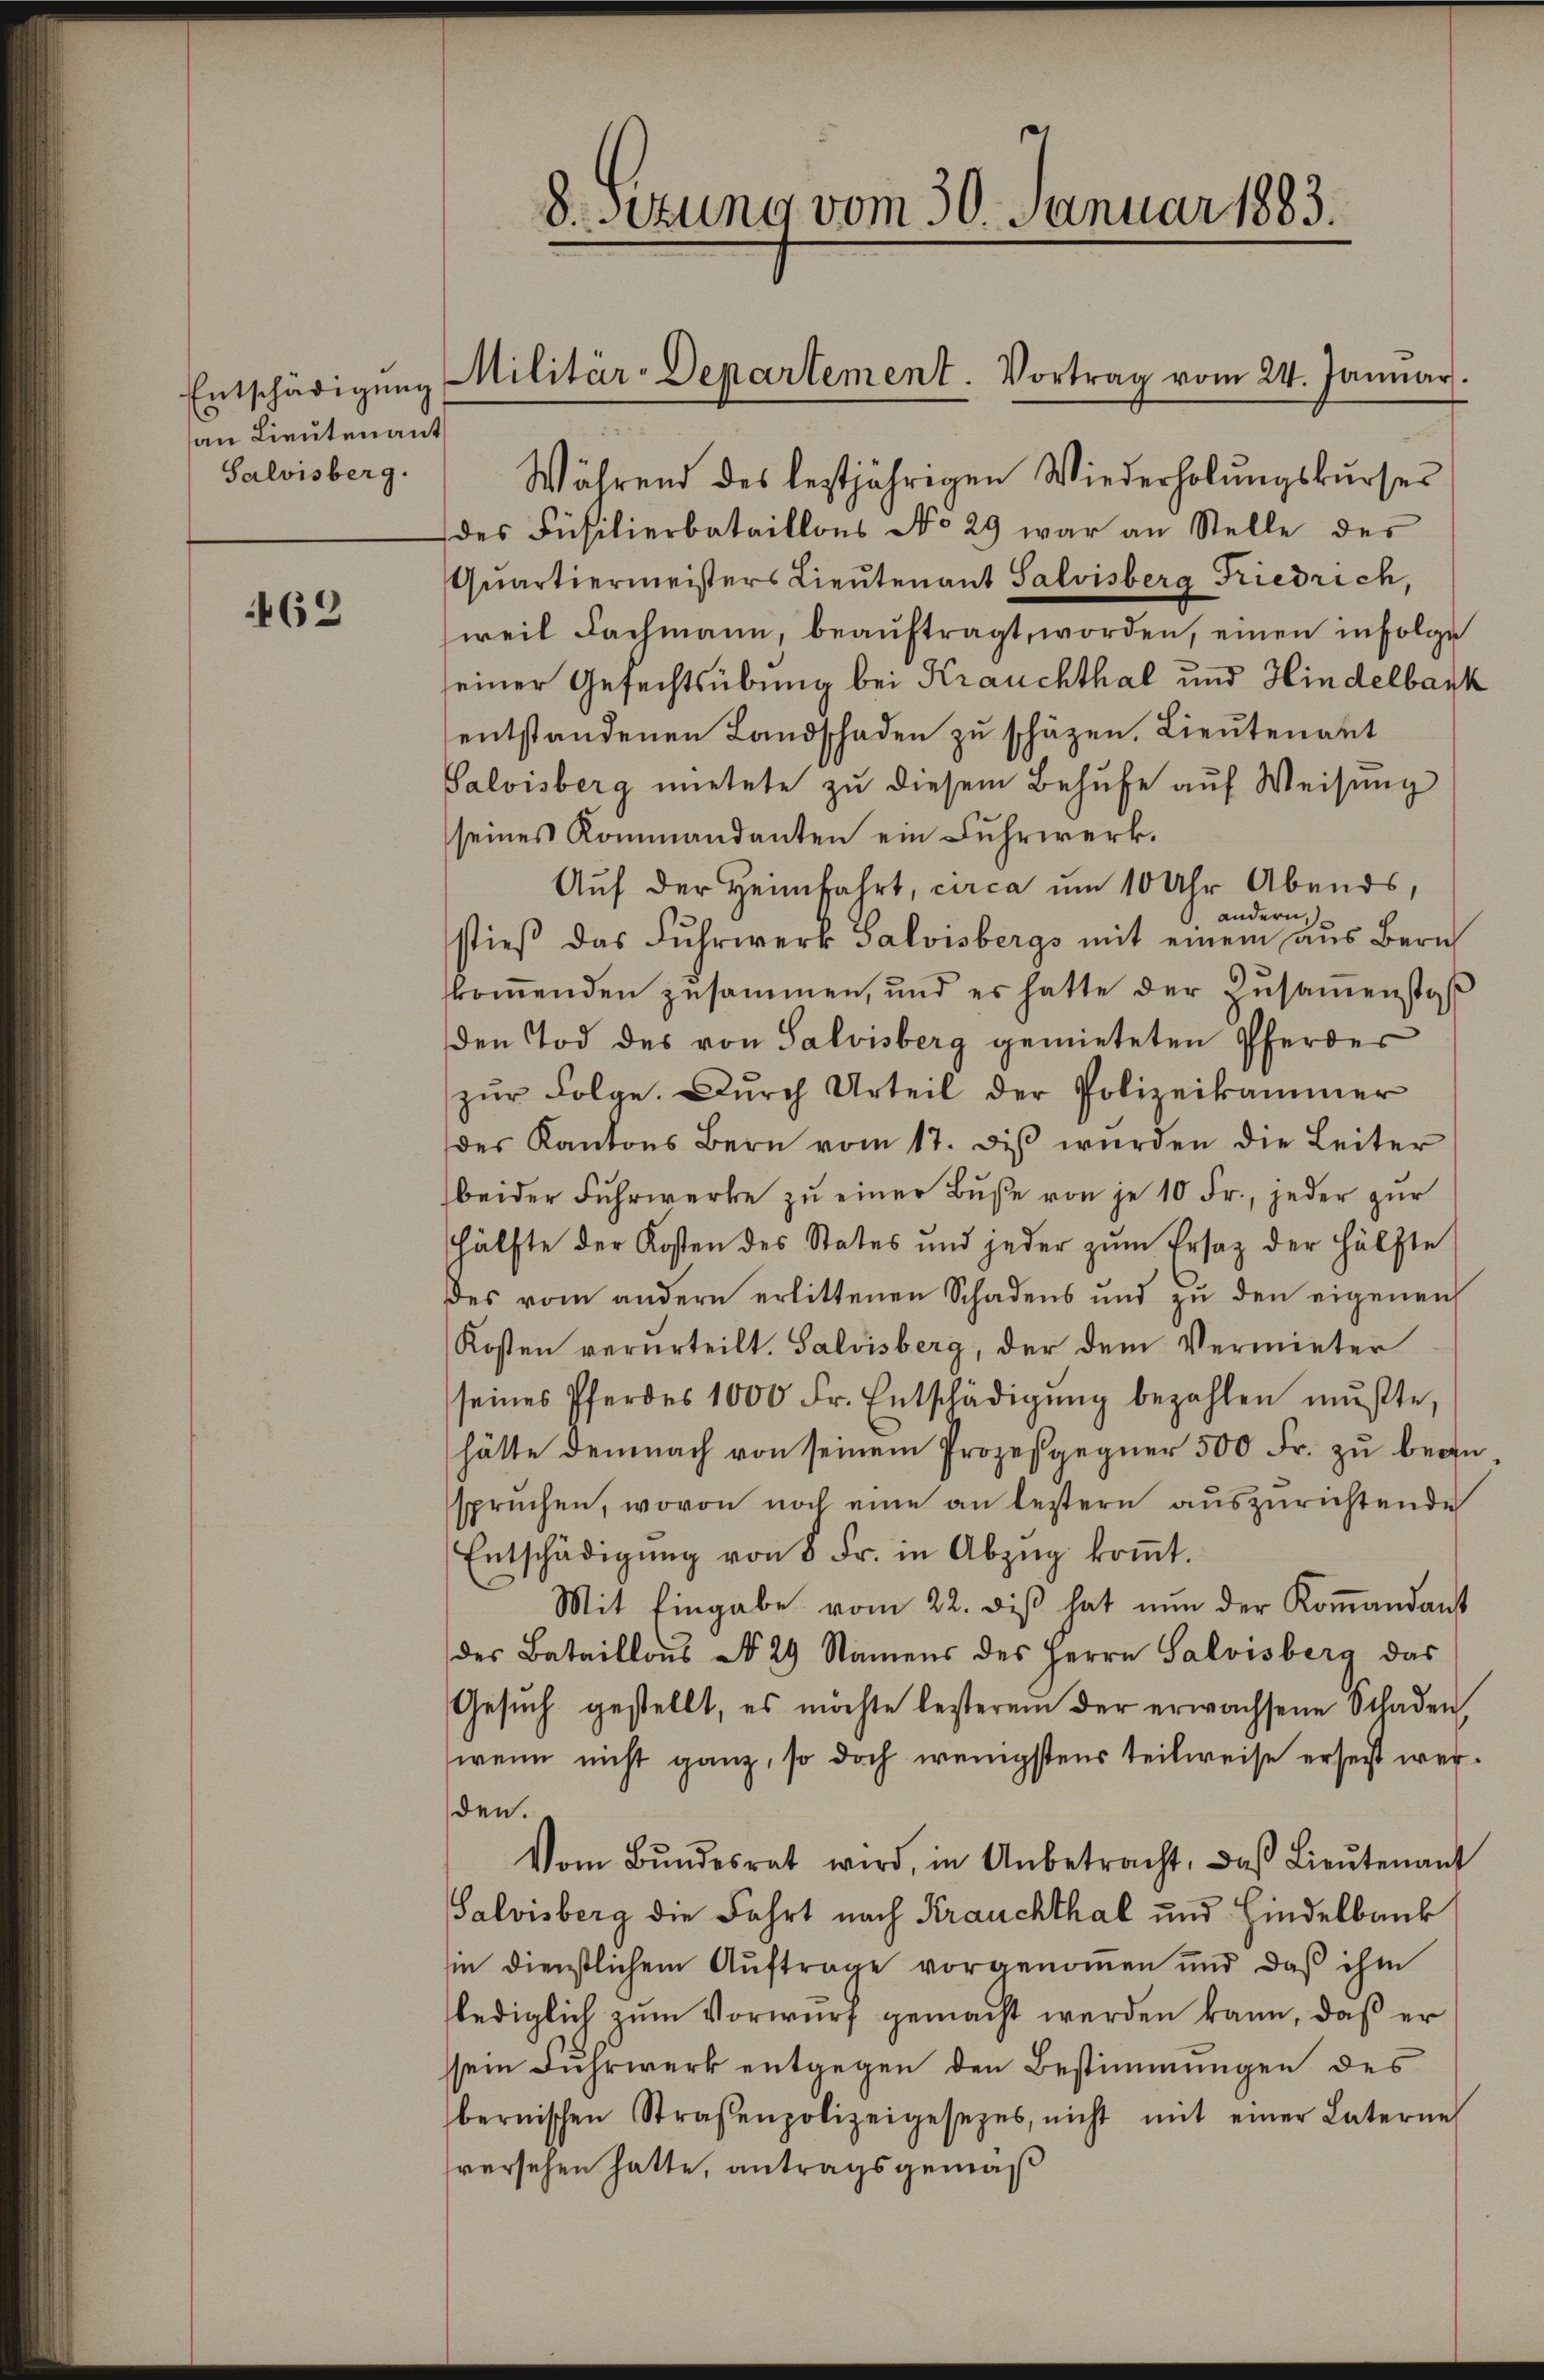
an Lieutenant
Salvisberg.

463

Während des leztjährigen Wiederholŭngskurser
des Füsilierbataillons No 29 war an Stelle der
Quartiermeisters Lieutenant Salvisberg Friedrich,
weil Fachmann, beaŭftragt, worden, einen infolge
seiner Gefechtsübung bei Krauchthal und Hindelbark
entstandenen Landschaden zu schäzen. Lieutenant
Salvisberg mietete zu diesem Behufe auf Weisung
seines Kommandanten ein Fuhrwerk.
Auf der Heimfahrt, circa um 10 Uhr Abends,
 andern,
stieß das Fuhrwerk Salvisbergs mit einem aus Bern
kkommenden zusammen, und es hatte der Zusamenstoß
den Tod des von Salvisberg gemieteten Pferder
zŭr Folge. Dŭrch Urteil der Polizeikammer
der Kantons Bern vom 17. diβ wurden die Leiter
beider Fuhrwerke zu einer Buße von je 10 Fr., jeder zur
Hälfte der Kosten des States und jeder zŭm Ersaz der Hälfte
des vom andern erlittenen Schadens und zŭ den eigenen
Kosten verurteilt. Salvisberg, der dem Vermieter
seines Pferdes 1000 Fr. Entschädigŭng bezahlen mŭβte,
hätte demnach von seinem Prozessgegner 500 Fr. zu beansprechen, wovon noch eine an bestern auszurichtende
Entschädigŭng von 8 Fr. in Abzŭg koṁt.
Mit Eingabe vom 22. diβ hat nŭn der Koṁandant
des Bataillons No 29 Namens des Herrn Salvisberg das
Gesuch gestellt, es möchte lesterem der erwachsene Schaden,
wenn nicht ganz, so doch wenigstens teilweise ersetzt werden.
Vom Bŭndesrat wird, in Anbetracht, daβ Lieŭtenant
Salvisberg die Fahrt nach Krauchthal und Hindelbank
sie dienstlichem Auftrage vorgenommen und daß ihm
lediglich zum Vorwurf gemacht werden kann, daß er
sein Fuhrwerk entgegen den Bestimmungen des
bernischen Straßenpolizeigesetzes, nicht mit einer Laterne
sversehen hatte, antragsgemäß

8.sizung vom 30. Januar 1883.

Entschädigŭng Militär-Departement. Vortrag vom 24. Januar